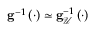
\begin{array} { r } { \mathbf { g } ^ { - 1 } \left( \cdot \right) \simeq \mathbf { g } _ { \mathcal { U } } ^ { - 1 } \left( \cdot \right) } \end{array}